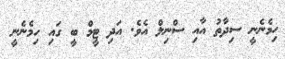
ހިމެނެނީ ސިދާތު އާއި ސްނިލް އެވެ. އަދި ޓީމް ބީ ގައި ހިމެނެނީ